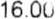
16.00